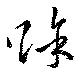
賖